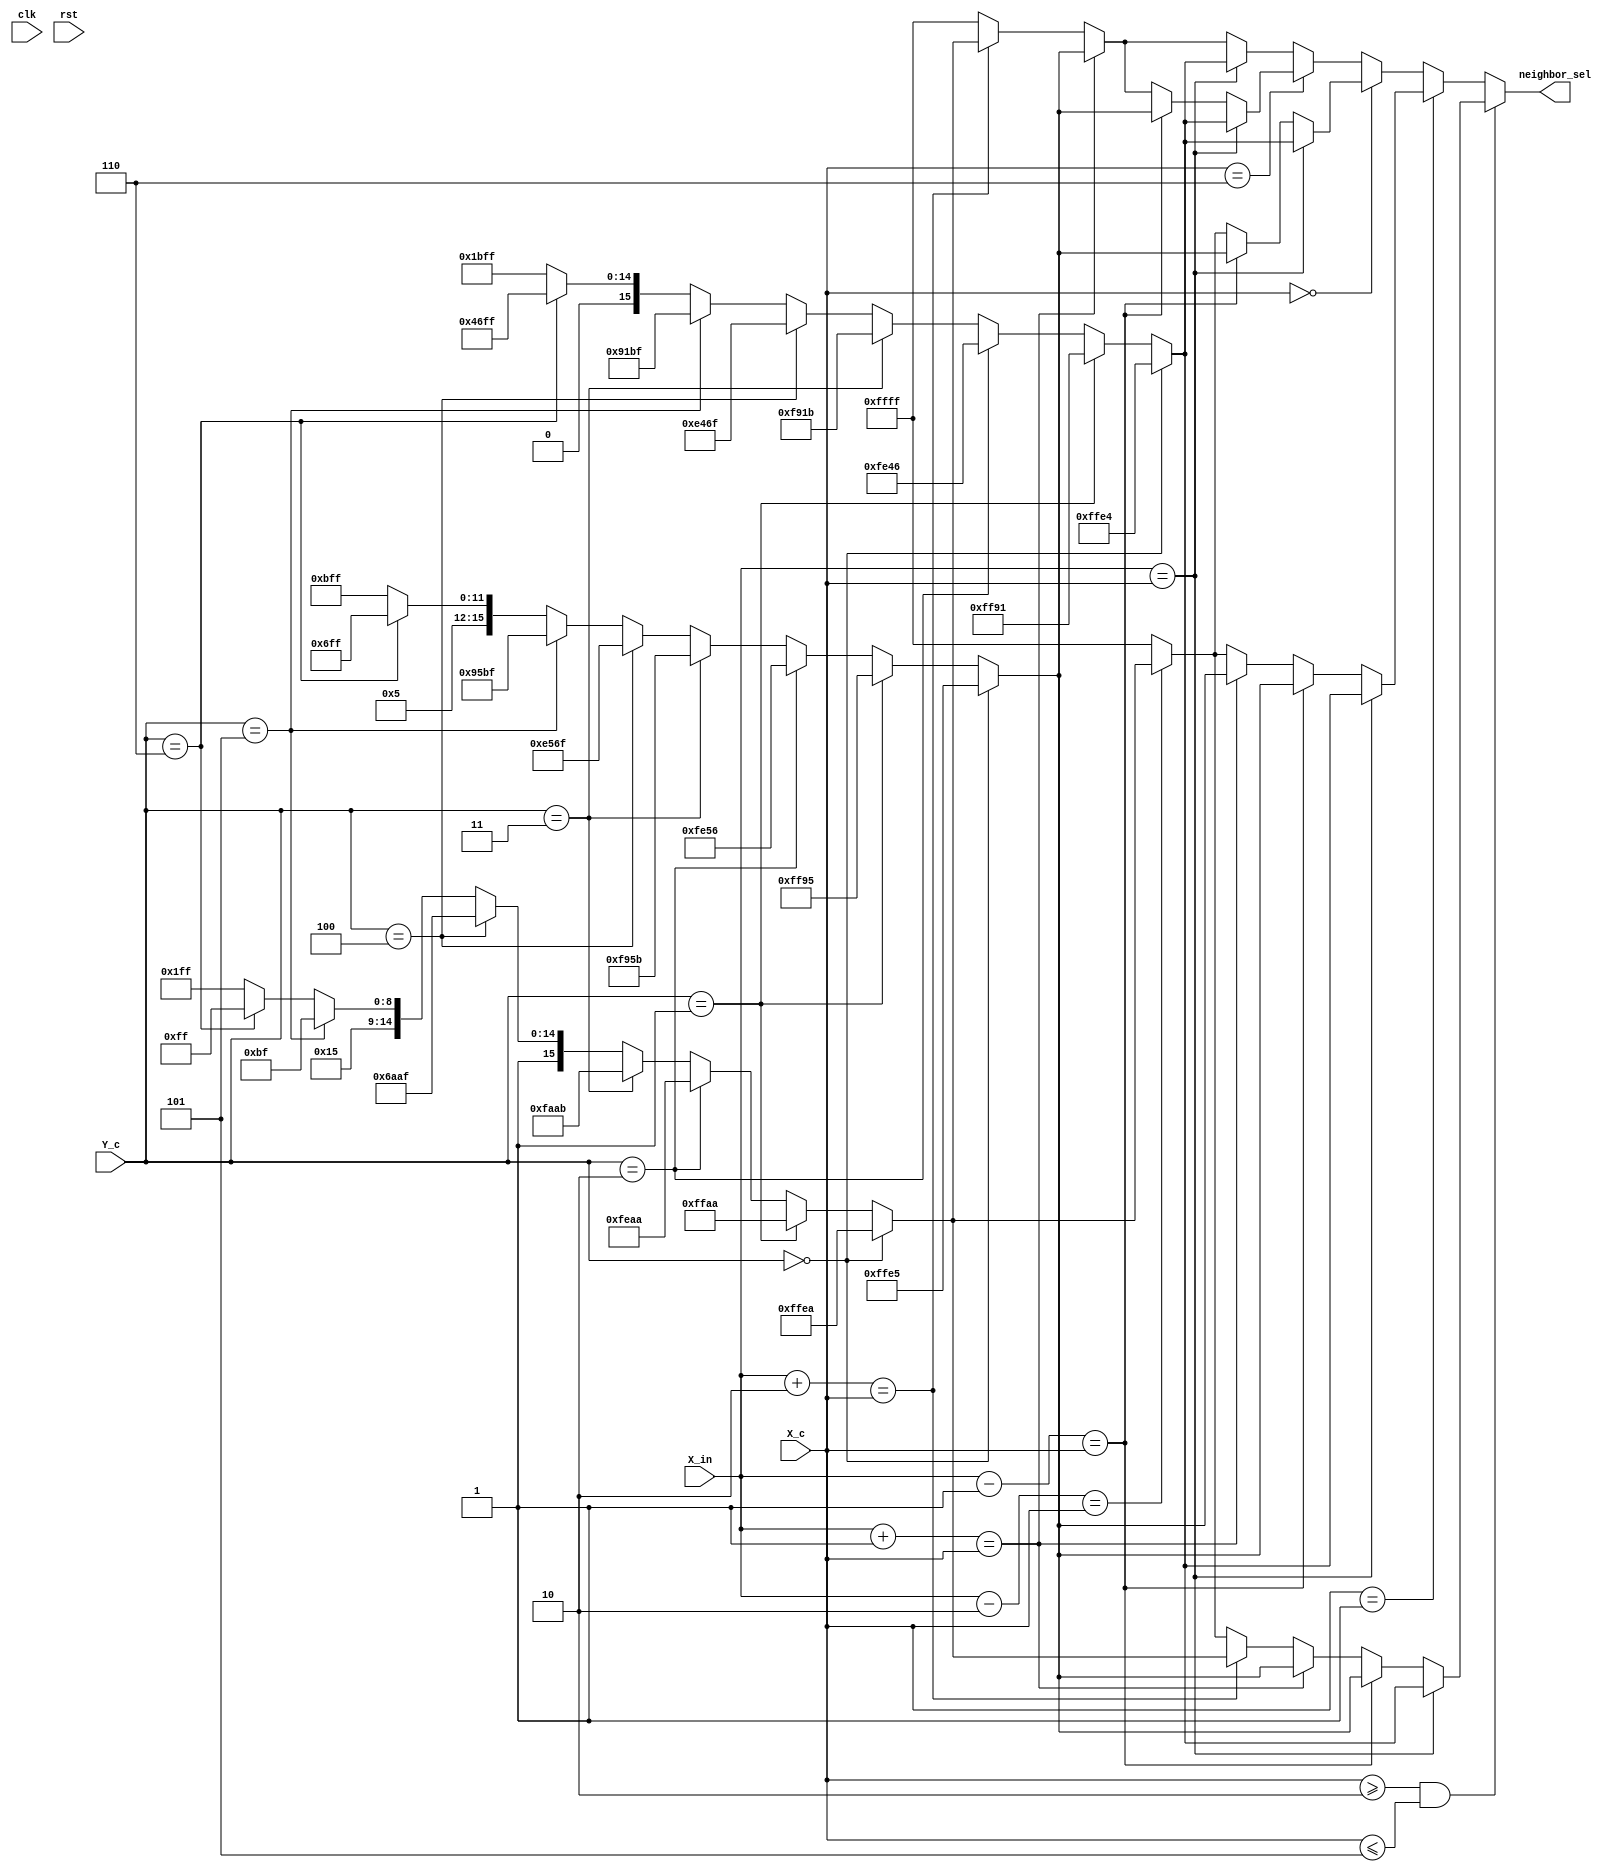
/////////////////////////////////////////////////////////////////////
// ---------------------- IVCAD 2022 Spring ---------------------- //
// ---------------------- Version : v.1.10  ---------------------- //
// ---------------------- Date : 2022.04.14 ---------------------- //
// ------------------------- USS module ---------------------------//
// ----------------- Feb. 2022 Willie authored --------------------//
/////////////////////////////////////////////////////////////////////

module USS(clk, rst, X_in, X_c, Y_c , neighbor_sel);

// ---------------------- input  ---------------------- //
	input clk;
	input rst;
	input [2:0] X_in;
	input [2:0] X_c;
	input [2:0] Y_c;
	
// ---------------------- output  ---------------------- //
	output reg [15:0] neighbor_sel;
	
// ---------------------- Write down Your design below  ---------------------- //

parameter [1:0] s0=2'b00 //1
               ,s1=2'b01 //0.25
               ,s2=2'b10 //0.125
               ,s3=2'b11;//0
reg [15:0] neighbor_sel1;

always@(*)begin 
 if(X_c>=3'd2 && X_c<=3'd5)begin
    if(X_in==X_c)begin
          if(Y_c==3'd0)begin
             neighbor_sel1=16'b11_11_11_11_11_10_01_00;
          end
          else if(Y_c==3'd1)begin
             neighbor_sel1=16'b11_11_11_11_10_01_00_01;    
          end
          else if(Y_c==3'd2)begin
             neighbor_sel1=16'b11_11_11_10_01_00_01_10;    
          end
          else if(Y_c==3'd3)begin
             neighbor_sel1=16'b11_11_10_01_00_01_10_11;
          end 
          else if(Y_c==3'd4)begin
             neighbor_sel1=16'b11_10_01_00_01_10_11_11;
          end 
          else if(Y_c==3'd5)begin
             neighbor_sel1=16'b10_01_00_01_10_11_11_11;
          end 
          else if(Y_c==3'd6)begin
             neighbor_sel1=16'b01_00_01_10_11_11_11_11;
          end         
          else begin
             neighbor_sel1=16'b00_01_10_11_11_11_11_11;
          end  
   end
   else if(X_in-3'd1==X_c)begin
          if(Y_c==3'd0)begin
             neighbor_sel1=16'b11_11_11_11_11_10_01_01;
          end
          else if(Y_c==3'd1)begin
             neighbor_sel1=16'b11_11_11_11_10_01_01_01;    
          end
          else if(Y_c==3'd2)begin
             neighbor_sel1=16'b11_11_11_10_01_01_01_10;    
          end
          else if(Y_c==3'd3)begin
             neighbor_sel1=16'b11_11_10_01_01_01_10_11;
          end 
          else if(Y_c==3'd4)begin
             neighbor_sel1=16'b11_10_01_01_01_10_11_11;
          end 
          else if(Y_c==3'd5)begin
             neighbor_sel1=16'b10_01_01_01_10_11_11_11;
          end 
          else if(Y_c==3'd6)begin
             neighbor_sel1=16'b01_01_01_10_11_11_11_11;
          end         
          else begin
             neighbor_sel1=16'b01_01_10_11_11_11_11_11;
          end  
   end
   else if(X_in+3'd1==X_c)begin
          if(Y_c==3'd0)begin
             neighbor_sel1=16'b11_11_11_11_11_10_01_01;
          end
          else if(Y_c==3'd1)begin
             neighbor_sel1=16'b11_11_11_11_10_01_01_01;    
          end
          else if(Y_c==3'd2)begin
             neighbor_sel1=16'b11_11_11_10_01_01_01_10;    
          end
          else if(Y_c==3'd3)begin
             neighbor_sel1=16'b11_11_10_01_01_01_10_11;
          end 
          else if(Y_c==3'd4)begin
             neighbor_sel1=16'b11_10_01_01_01_10_11_11;
          end 
          else if(Y_c==3'd5)begin
             neighbor_sel1=16'b10_01_01_01_10_11_11_11;
          end 
          else if(Y_c==3'd6)begin
             neighbor_sel1=16'b01_01_01_10_11_11_11_11;
          end         
          else begin
             neighbor_sel1=16'b01_01_10_11_11_11_11_11;
          end  
   end
   else if(X_in+3'd2==X_c)begin
          if(Y_c==3'd0)begin
             neighbor_sel1=16'b11_11_11_11_11_10_10_10;
          end
          else if(Y_c==3'd1)begin
             neighbor_sel1=16'b11_11_11_11_10_10_10_10;    
          end
          else if(Y_c==3'd2)begin
             neighbor_sel1=16'b11_11_11_10_10_10_10_10;    
          end
          else if(Y_c==3'd3)begin
             neighbor_sel1=16'b11_11_10_10_10_10_10_11;
          end 
          else if(Y_c==3'd4)begin
             neighbor_sel1=16'b11_10_10_10_10_10_11_11;
          end 
          else if(Y_c==3'd5)begin
             neighbor_sel1=16'b10_10_10_10_10_11_11_11;
          end 
          else if(Y_c==3'd6)begin
             neighbor_sel1=16'b10_10_10_10_11_11_11_11;
          end         
          else begin
             neighbor_sel1=16'b10_10_10_11_11_11_11_11;
          end  
   end
   else if(X_in-3'd2==X_c)begin
          if(Y_c==3'd0)begin
             neighbor_sel1=16'b11_11_11_11_11_10_10_10;
          end
          else if(Y_c==3'd1)begin
             neighbor_sel1=16'b11_11_11_11_10_10_10_10;    
          end
          else if(Y_c==3'd2)begin
             neighbor_sel1=16'b11_11_11_10_10_10_10_10;    
          end
          else if(Y_c==3'd3)begin
             neighbor_sel1=16'b11_11_10_10_10_10_10_11;
          end 
          else if(Y_c==3'd4)begin
             neighbor_sel1=16'b11_10_10_10_10_10_11_11;
          end 
          else if(Y_c==3'd5)begin
             neighbor_sel1=16'b10_10_10_10_10_11_11_11;
          end 
          else if(Y_c==3'd6)begin
             neighbor_sel1=16'b10_10_10_10_11_11_11_11;
          end         
          else begin
             neighbor_sel1=16'b10_10_10_11_11_11_11_11;
          end  
   end
   else begin
        neighbor_sel1=16'b11_11_11_11_11_11_11_11;
   end
 end    
 else if(X_c==3'd1)begin
    if(X_in==X_c)begin
          if(Y_c==3'd0)begin
             neighbor_sel1=16'b11_11_11_11_11_10_01_00;
          end
          else if(Y_c==3'd1)begin
             neighbor_sel1=16'b11_11_11_11_10_01_00_01;    
          end
          else if(Y_c==3'd2)begin
             neighbor_sel1=16'b11_11_11_10_01_00_01_10;    
          end
          else if(Y_c==3'd3)begin
             neighbor_sel1=16'b11_11_10_01_00_01_10_11;
          end 
          else if(Y_c==3'd4)begin
             neighbor_sel1=16'b11_10_01_00_01_10_11_11;
          end 
          else if(Y_c==3'd5)begin
             neighbor_sel1=16'b10_01_00_01_10_11_11_11;
          end 
          else if(Y_c==3'd6)begin
             neighbor_sel1=16'b01_00_01_10_11_11_11_11;
          end         
          else begin
             neighbor_sel1=16'b00_01_10_11_11_11_11_11;
          end  
   end
   else if(X_in-3'd1==X_c)begin
          if(Y_c==3'd0)begin
             neighbor_sel1=16'b11_11_11_11_11_10_01_01;
          end
          else if(Y_c==3'd1)begin
             neighbor_sel1=16'b11_11_11_11_10_01_01_01;    
          end
          else if(Y_c==3'd2)begin
             neighbor_sel1=16'b11_11_11_10_01_01_01_10;    
          end
          else if(Y_c==3'd3)begin
             neighbor_sel1=16'b11_11_10_01_01_01_10_11;
          end 
          else if(Y_c==3'd4)begin
             neighbor_sel1=16'b11_10_01_01_01_10_11_11;
          end 
          else if(Y_c==3'd5)begin
             neighbor_sel1=16'b10_01_01_01_10_11_11_11;
          end 
          else if(Y_c==3'd6)begin
             neighbor_sel1=16'b01_01_01_10_11_11_11_11;
          end         
          else begin
             neighbor_sel1=16'b01_01_10_11_11_11_11_11;
          end  
   end
   else if(X_in+3'd1==X_c)begin
          if(Y_c==3'd0)begin
             neighbor_sel1=16'b11_11_11_11_11_10_01_01;
          end
          else if(Y_c==3'd1)begin
             neighbor_sel1=16'b11_11_11_11_10_01_01_01;    
          end
          else if(Y_c==3'd2)begin
             neighbor_sel1=16'b11_11_11_10_01_01_01_10;    
          end
          else if(Y_c==3'd3)begin
             neighbor_sel1=16'b11_11_10_01_01_01_10_11;
          end 
          else if(Y_c==3'd4)begin
             neighbor_sel1=16'b11_10_01_01_01_10_11_11;
          end 
          else if(Y_c==3'd5)begin
             neighbor_sel1=16'b10_01_01_01_10_11_11_11;
          end 
          else if(Y_c==3'd6)begin
             neighbor_sel1=16'b01_01_01_10_11_11_11_11;
          end         
          else begin
             neighbor_sel1=16'b01_01_10_11_11_11_11_11;
          end  
   end
   else if(X_in-3'd2==X_c)begin
          if(Y_c==3'd0)begin
             neighbor_sel1=16'b11_11_11_11_11_10_10_10;
          end
          else if(Y_c==3'd1)begin
             neighbor_sel1=16'b11_11_11_11_10_10_10_10;    
          end
          else if(Y_c==3'd2)begin
             neighbor_sel1=16'b11_11_11_10_10_10_10_10;    
          end
          else if(Y_c==3'd3)begin
             neighbor_sel1=16'b11_11_10_10_10_10_10_11;
          end 
          else if(Y_c==3'd4)begin
             neighbor_sel1=16'b11_10_10_10_10_10_11_11;
          end 
          else if(Y_c==3'd5)begin
             neighbor_sel1=16'b10_10_10_10_10_11_11_11;
          end 
          else if(Y_c==3'd6)begin
             neighbor_sel1=16'b10_10_10_10_11_11_11_11;
          end         
          else begin
             neighbor_sel1=16'b10_10_10_11_11_11_11_11;
          end  
   end
   else begin
        neighbor_sel1=16'b11_11_11_11_11_11_11_11;
   end
 end 
 else if(X_c==3'd0)begin
    if(X_in==X_c)begin
          if(Y_c==3'd0)begin
             neighbor_sel1=16'b11_11_11_11_11_10_01_00;
          end
          else if(Y_c==3'd1)begin
             neighbor_sel1=16'b11_11_11_11_10_01_00_01;    
          end
          else if(Y_c==3'd2)begin
             neighbor_sel1=16'b11_11_11_10_01_00_01_10;    
          end
          else if(Y_c==3'd3)begin
             neighbor_sel1=16'b11_11_10_01_00_01_10_11;
          end 
          else if(Y_c==3'd4)begin
             neighbor_sel1=16'b11_10_01_00_01_10_11_11;
          end 
          else if(Y_c==3'd5)begin
             neighbor_sel1=16'b10_01_00_01_10_11_11_11;
          end 
          else if(Y_c==3'd6)begin
             neighbor_sel1=16'b01_00_01_10_11_11_11_11;
          end         
          else begin
             neighbor_sel1=16'b00_01_10_11_11_11_11_11;
          end  
   end
   else if(X_in-3'd1==X_c)begin
          if(Y_c==3'd0)begin
             neighbor_sel1=16'b11_11_11_11_11_10_01_01;
          end
          else if(Y_c==3'd1)begin
             neighbor_sel1=16'b11_11_11_11_10_01_01_01;    
          end
          else if(Y_c==3'd2)begin
             neighbor_sel1=16'b11_11_11_10_01_01_01_10;    
          end
          else if(Y_c==3'd3)begin
             neighbor_sel1=16'b11_11_10_01_01_01_10_11;
          end 
          else if(Y_c==3'd4)begin
             neighbor_sel1=16'b11_10_01_01_01_10_11_11;
          end 
          else if(Y_c==3'd5)begin
             neighbor_sel1=16'b10_01_01_01_10_11_11_11;
          end 
          else if(Y_c==3'd6)begin
             neighbor_sel1=16'b01_01_01_10_11_11_11_11;
          end         
          else begin
             neighbor_sel1=16'b01_01_10_11_11_11_11_11;
          end  
   end
   else if(X_in-3'd2==X_c)begin
          if(Y_c==3'd0)begin
             neighbor_sel1=16'b11_11_11_11_11_10_10_10;
          end
          else if(Y_c==3'd1)begin
             neighbor_sel1=16'b11_11_11_11_10_10_10_10;    
          end
          else if(Y_c==3'd2)begin
             neighbor_sel1=16'b11_11_11_10_10_10_10_10;    
          end
          else if(Y_c==3'd3)begin
             neighbor_sel1=16'b11_11_10_10_10_10_10_11;
          end 
          else if(Y_c==3'd4)begin
             neighbor_sel1=16'b11_10_10_10_10_10_11_11;
          end 
          else if(Y_c==3'd5)begin
             neighbor_sel1=16'b10_10_10_10_10_11_11_11;
          end 
          else if(Y_c==3'd6)begin
             neighbor_sel1=16'b10_10_10_10_11_11_11_11;
          end         
          else begin
             neighbor_sel1=16'b10_10_10_11_11_11_11_11;
          end  
   end
   else begin
        neighbor_sel1=16'b11_11_11_11_11_11_11_11;
   end
 end
 else if(X_c==3'd6)begin
    if(X_in==X_c)begin
          if(Y_c==3'd0)begin
             neighbor_sel1=16'b11_11_11_11_11_10_01_00;
          end
          else if(Y_c==3'd1)begin
             neighbor_sel1=16'b11_11_11_11_10_01_00_01;    
          end
          else if(Y_c==3'd2)begin
             neighbor_sel1=16'b11_11_11_10_01_00_01_10;    
          end
          else if(Y_c==3'd3)begin
             neighbor_sel1=16'b11_11_10_01_00_01_10_11;
          end 
          else if(Y_c==3'd4)begin
             neighbor_sel1=16'b11_10_01_00_01_10_11_11;
          end 
          else if(Y_c==3'd5)begin
             neighbor_sel1=16'b10_01_00_01_10_11_11_11;
          end 
          else if(Y_c==3'd6)begin
             neighbor_sel1=16'b01_00_01_10_11_11_11_11;
          end         
          else begin
             neighbor_sel1=16'b00_01_10_11_11_11_11_11;
          end  
   end
   else if(X_in-3'd1==X_c)begin
          if(Y_c==3'd0)begin
             neighbor_sel1=16'b11_11_11_11_11_10_01_01;
          end
          else if(Y_c==3'd1)begin
             neighbor_sel1=16'b11_11_11_11_10_01_01_01;    
          end
          else if(Y_c==3'd2)begin
             neighbor_sel1=16'b11_11_11_10_01_01_01_10;    
          end
          else if(Y_c==3'd3)begin
             neighbor_sel1=16'b11_11_10_01_01_01_10_11;
          end 
          else if(Y_c==3'd4)begin
             neighbor_sel1=16'b11_10_01_01_01_10_11_11;
          end 
          else if(Y_c==3'd5)begin
             neighbor_sel1=16'b10_01_01_01_10_11_11_11;
          end 
          else if(Y_c==3'd6)begin
             neighbor_sel1=16'b01_01_01_10_11_11_11_11;
          end         
          else begin
             neighbor_sel1=16'b01_01_10_11_11_11_11_11;
          end  
   end
   else if(X_in+3'd1==X_c)begin
          if(Y_c==3'd0)begin
             neighbor_sel1=16'b11_11_11_11_11_10_01_01;
          end
          else if(Y_c==3'd1)begin
             neighbor_sel1=16'b11_11_11_11_10_01_01_01;    
          end
          else if(Y_c==3'd2)begin
             neighbor_sel1=16'b11_11_11_10_01_01_01_10;    
          end
          else if(Y_c==3'd3)begin
             neighbor_sel1=16'b11_11_10_01_01_01_10_11;
          end 
          else if(Y_c==3'd4)begin
             neighbor_sel1=16'b11_10_01_01_01_10_11_11;
          end 
          else if(Y_c==3'd5)begin
             neighbor_sel1=16'b10_01_01_01_10_11_11_11;
          end 
          else if(Y_c==3'd6)begin
             neighbor_sel1=16'b01_01_01_10_11_11_11_11;
          end         
          else begin
             neighbor_sel1=16'b01_01_10_11_11_11_11_11;
          end  
   end
   else if(X_in+3'd2==X_c)begin
          if(Y_c==3'd0)begin
             neighbor_sel1=16'b11_11_11_11_11_10_10_10;
          end
          else if(Y_c==3'd1)begin
             neighbor_sel1=16'b11_11_11_11_10_10_10_10;    
          end
          else if(Y_c==3'd2)begin
             neighbor_sel1=16'b11_11_11_10_10_10_10_10;    
          end
          else if(Y_c==3'd3)begin
             neighbor_sel1=16'b11_11_10_10_10_10_10_11;
          end 
          else if(Y_c==3'd4)begin
             neighbor_sel1=16'b11_10_10_10_10_10_11_11;
          end 
          else if(Y_c==3'd5)begin
             neighbor_sel1=16'b10_10_10_10_10_11_11_11;
          end 
          else if(Y_c==3'd6)begin
             neighbor_sel1=16'b10_10_10_10_11_11_11_11;
          end         
          else begin
             neighbor_sel1=16'b10_10_10_11_11_11_11_11;
          end  
   end
   else begin
        neighbor_sel1=16'b11_11_11_11_11_11_11_11;
   end
 end 
 else begin
    if(X_in==X_c)begin
          if(Y_c==3'd0)begin
             neighbor_sel1=16'b11_11_11_11_11_10_01_00;
          end
          else if(Y_c==3'd1)begin
             neighbor_sel1=16'b11_11_11_11_10_01_00_01;    
          end
          else if(Y_c==3'd2)begin
             neighbor_sel1=16'b11_11_11_10_01_00_01_10;    
          end
          else if(Y_c==3'd3)begin
             neighbor_sel1=16'b11_11_10_01_00_01_10_11;
          end 
          else if(Y_c==3'd4)begin
             neighbor_sel1=16'b11_10_01_00_01_10_11_11;
          end 
          else if(Y_c==3'd5)begin
             neighbor_sel1=16'b10_01_00_01_10_11_11_11;
          end 
          else if(Y_c==3'd6)begin
             neighbor_sel1=16'b01_00_01_10_11_11_11_11;
          end         
          else begin
             neighbor_sel1=16'b00_01_10_11_11_11_11_11;
          end  
   end  
   else if(X_in+3'd1==X_c)begin
          if(Y_c==3'd0)begin
             neighbor_sel1=16'b11_11_11_11_11_10_01_01;
          end
          else if(Y_c==3'd1)begin
             neighbor_sel1=16'b11_11_11_11_10_01_01_01;    
          end
          else if(Y_c==3'd2)begin
             neighbor_sel1=16'b11_11_11_10_01_01_01_10;    
          end
          else if(Y_c==3'd3)begin
             neighbor_sel1=16'b11_11_10_01_01_01_10_11;
          end 
          else if(Y_c==3'd4)begin
             neighbor_sel1=16'b11_10_01_01_01_10_11_11;
          end 
          else if(Y_c==3'd5)begin
             neighbor_sel1=16'b10_01_01_01_10_11_11_11;
          end 
          else if(Y_c==3'd6)begin
             neighbor_sel1=16'b01_01_01_10_11_11_11_11;
          end         
          else begin
             neighbor_sel1=16'b01_01_10_11_11_11_11_11;
          end  
   end
   else if(X_in+3'd2==X_c)begin
          if(Y_c==3'd0)begin
             neighbor_sel1=16'b11_11_11_11_11_10_10_10;
          end
          else if(Y_c==3'd1)begin
             neighbor_sel1=16'b11_11_11_11_10_10_10_10;    
          end
          else if(Y_c==3'd2)begin
             neighbor_sel1=16'b11_11_11_10_10_10_10_10;    
          end
          else if(Y_c==3'd3)begin
             neighbor_sel1=16'b11_11_10_10_10_10_10_11;
          end 
          else if(Y_c==3'd4)begin
             neighbor_sel1=16'b11_10_10_10_10_10_11_11;
          end 
          else if(Y_c==3'd5)begin
             neighbor_sel1=16'b10_10_10_10_10_11_11_11;
          end 
          else if(Y_c==3'd6)begin
             neighbor_sel1=16'b10_10_10_10_11_11_11_11;
          end         
          else begin
             neighbor_sel1=16'b10_10_10_11_11_11_11_11;
          end  
   end  
   else begin
        neighbor_sel1=16'b11_11_11_11_11_11_11_11;
   end
 end  
end    


always@(*)begin
  
      neighbor_sel=neighbor_sel1;
  
end

/*
always@(posedge clk or posedge rst)begin
   if(rst)begin
      neighbor_sel<=16'b11_11_11_11_11_11_11_11;
   end
   else begin  
      neighbor_sel<=neighbor_sel1;
   end
end*/

endmodule